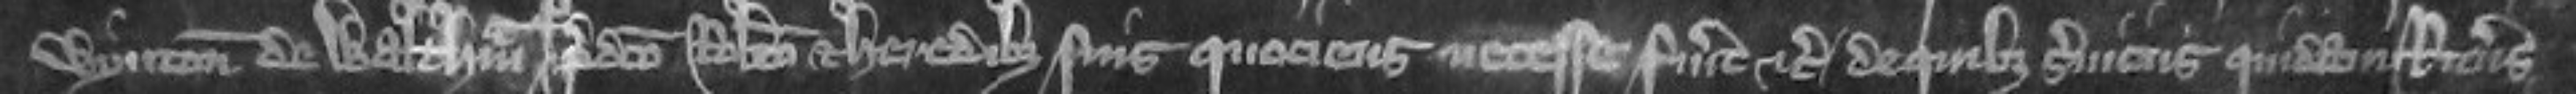
Wynton de Waltham predicto Roberto et heredibus suis quotiens necesse fuerit etc De quibus serviciis quidam Ricardus